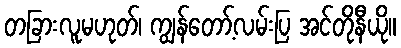
တခြားလူမဟုတ်၊ ကျွန်တော့်လမ်းပြ အင်တိုနီယို။